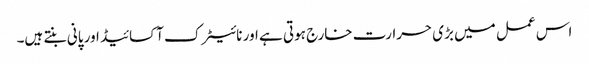
اس عمل میں بڑی حرارت خارج ہوتی ہے اور نائیٹرک آکسائیڈ اور پانی بنتے ہیں۔